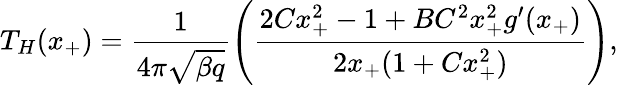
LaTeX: T_{H}(x_{+})=\frac{1}{4\pi\sqrt{\beta q}}\left(\frac{2Cx_{+}^{2}-1+BC^{2}x_{+}^{2}g^{\prime}(x_{+})}{2x_{+}(1+Cx_{+}^{2})}\right),